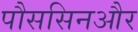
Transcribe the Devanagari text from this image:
पौससिनऔर